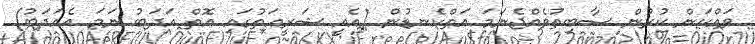
ވައްކަން ކުރުން ސާބިތުވެއްޖެނަމަ އަތްކެނޑުން (އެއީ ޝަރީޢަތުގައި އޮތް އަދަބު ނަމަ އެއަދަބު)